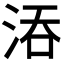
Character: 𣵞